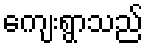
ကျေးရွာသည်